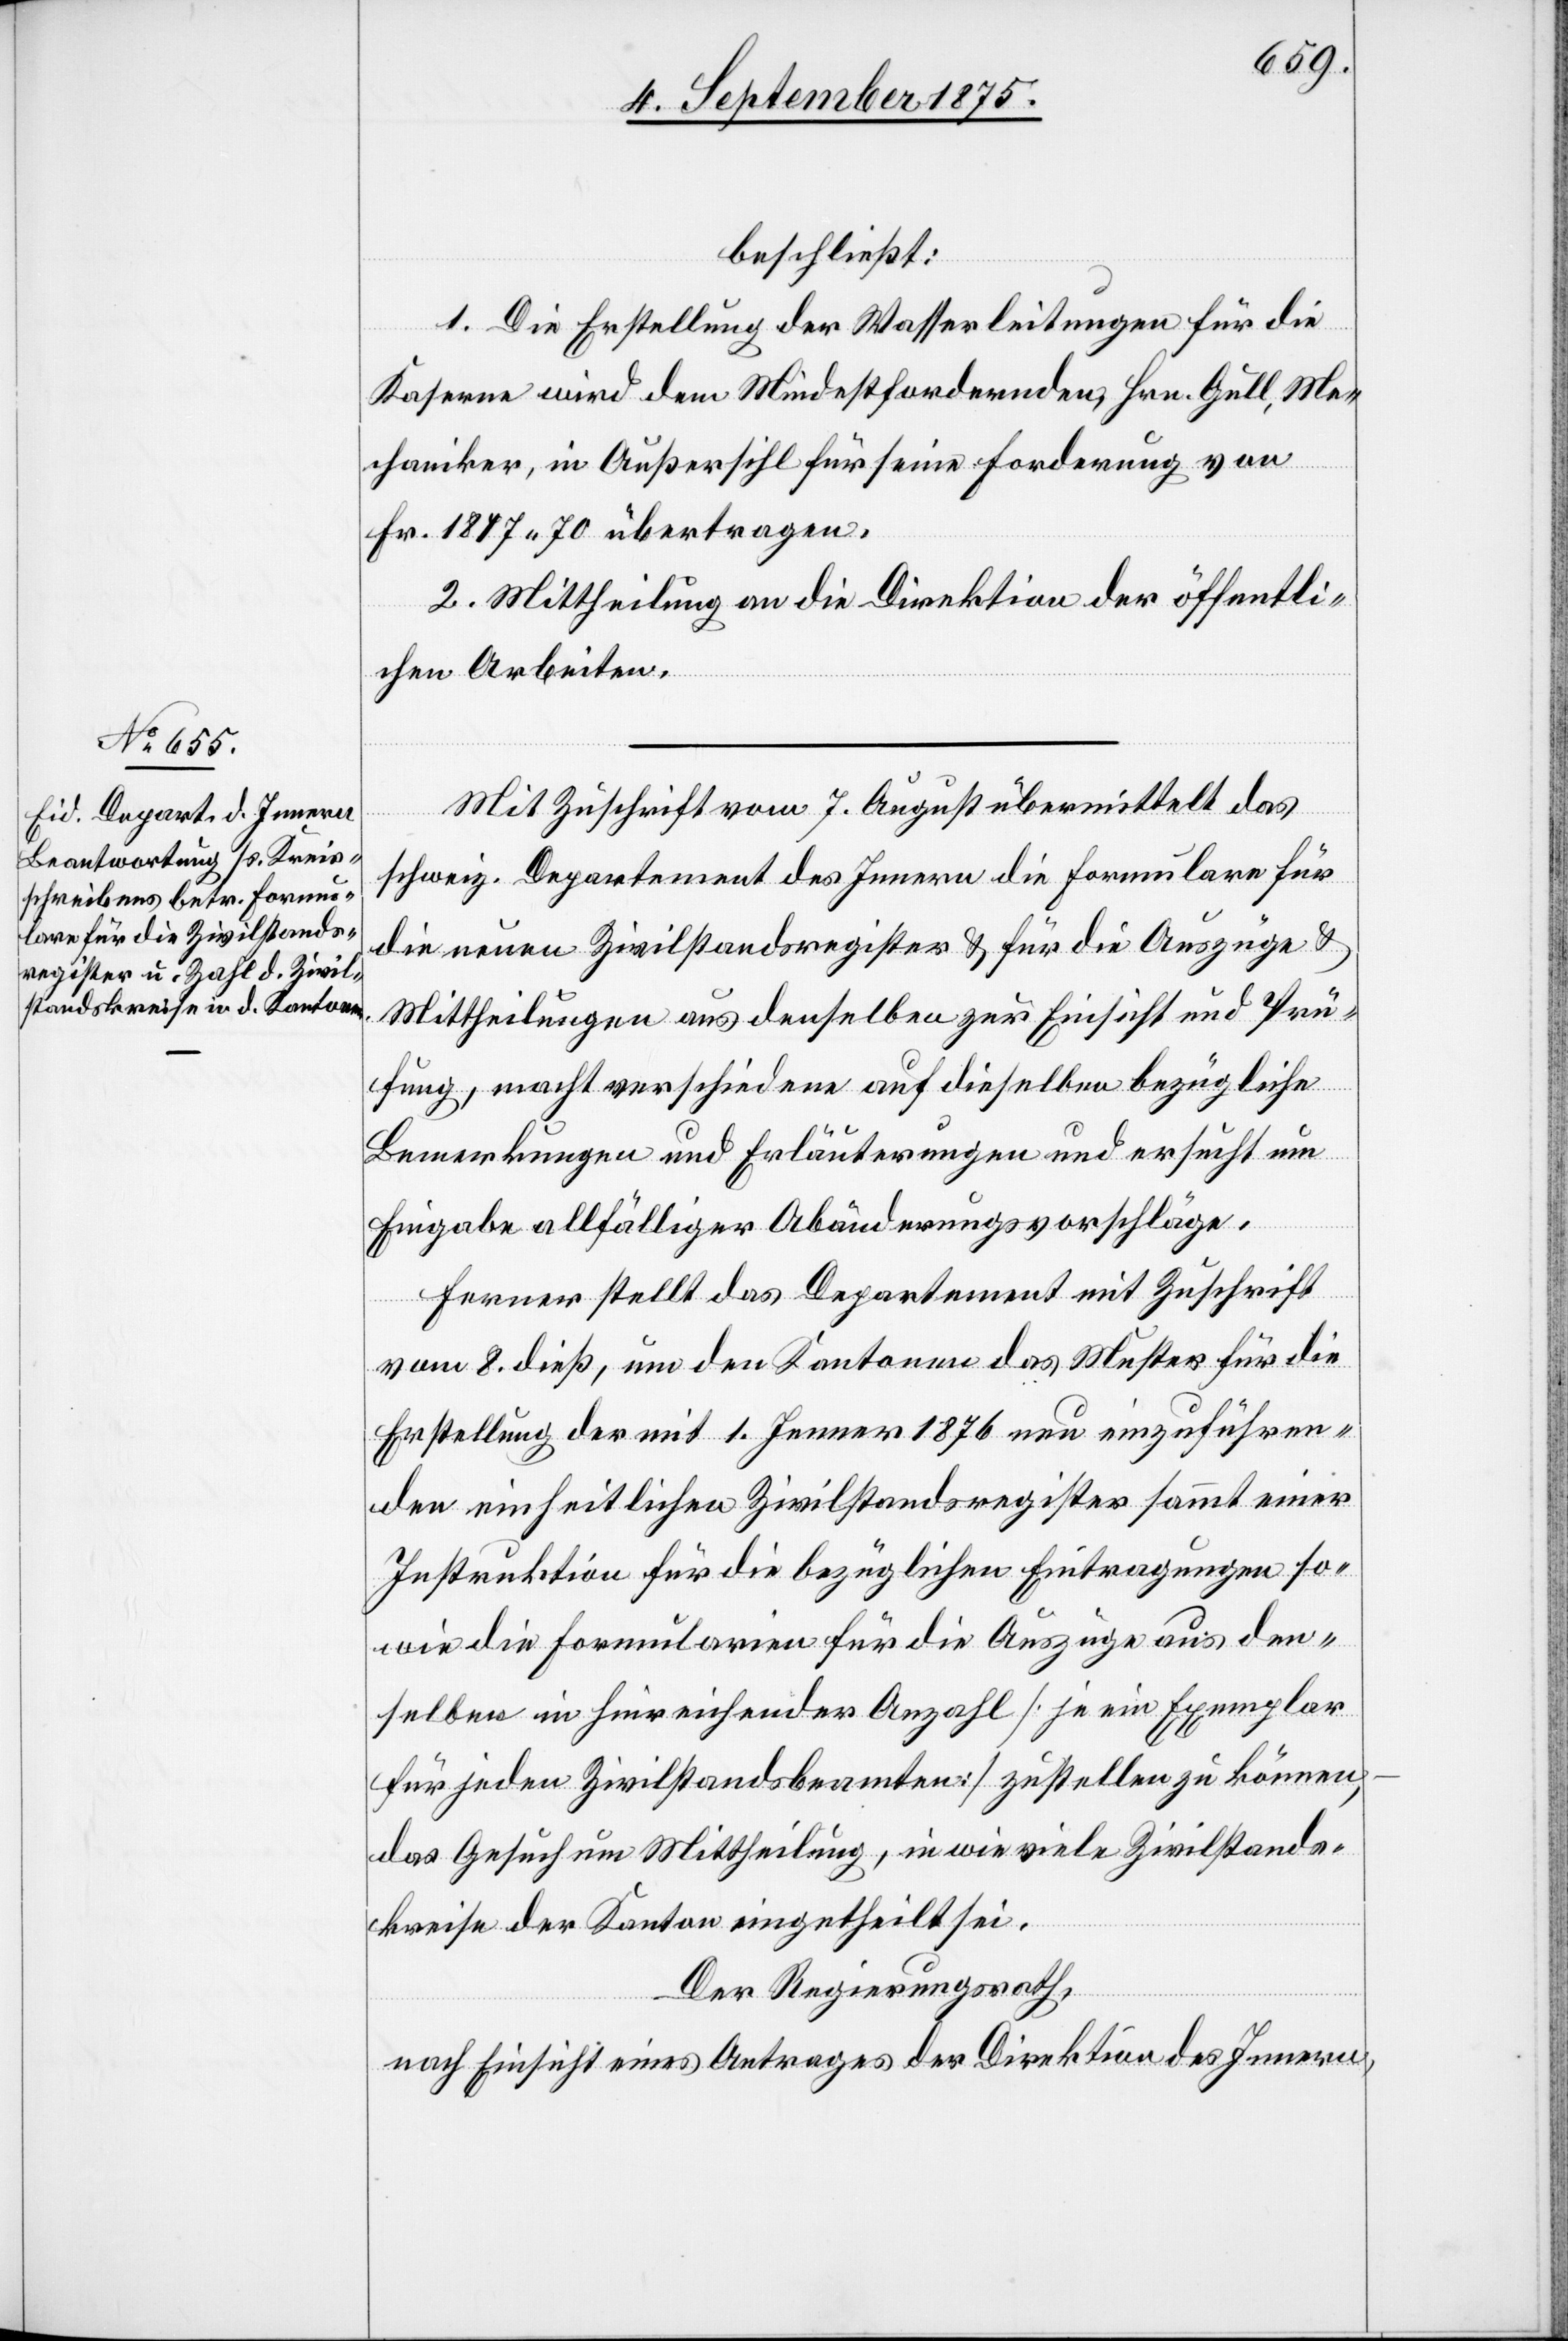
14. September 1875.]
beschließt:
1. Die Erstellung der Wasserleitungen für die
Kaserne wird dem Mindestfordernden, Hrn. Gull, Me¬
chaniker, in Außersihl für seine Forderung von
Fr. 1817 70 übertragen.
2. Mittheilung an die Direktion der öffentli¬
chen Arbeiten.
Mit Zuschrift vom 7. August übermittelt das
schweiz. Departement des Innern die Formulare für
die neuen Zivilstandsregister & für die Auszüge &
Mittheilungen aus denselben zur Einsicht und Prü¬
fung, mach verschiedene auf dieselben bezügliche
Bemerkungen und Erläuterungen und ersucht um
Eingabe allfälliger Abänderungsvorschläge.
Ferner stellt das Departement mit Zuschrift
vom 8. dieß, um den Kantonen das Muster für die
Erstellung der mit 1. Jenner 1876 nun einzuführen¬
den einheitlichen Zivilstandsregister sammt einer
Instruktion für die bezüglichen Eintragungen so¬
wie die Formularien für die Auszüge aus den¬
selben in hinreichender Anzahl [je ein Exemplar
für jeden Zivilstandsbeamten] zustellen zu können,
das Gesuch um Mittheilung, in wie viele Zivilstands¬
kreise der Kanton eingetheilt sei.
Der Regierungsrath,
nach Einsicht eines Antrages der Direktion des Innern,